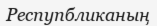
Респупбликаның